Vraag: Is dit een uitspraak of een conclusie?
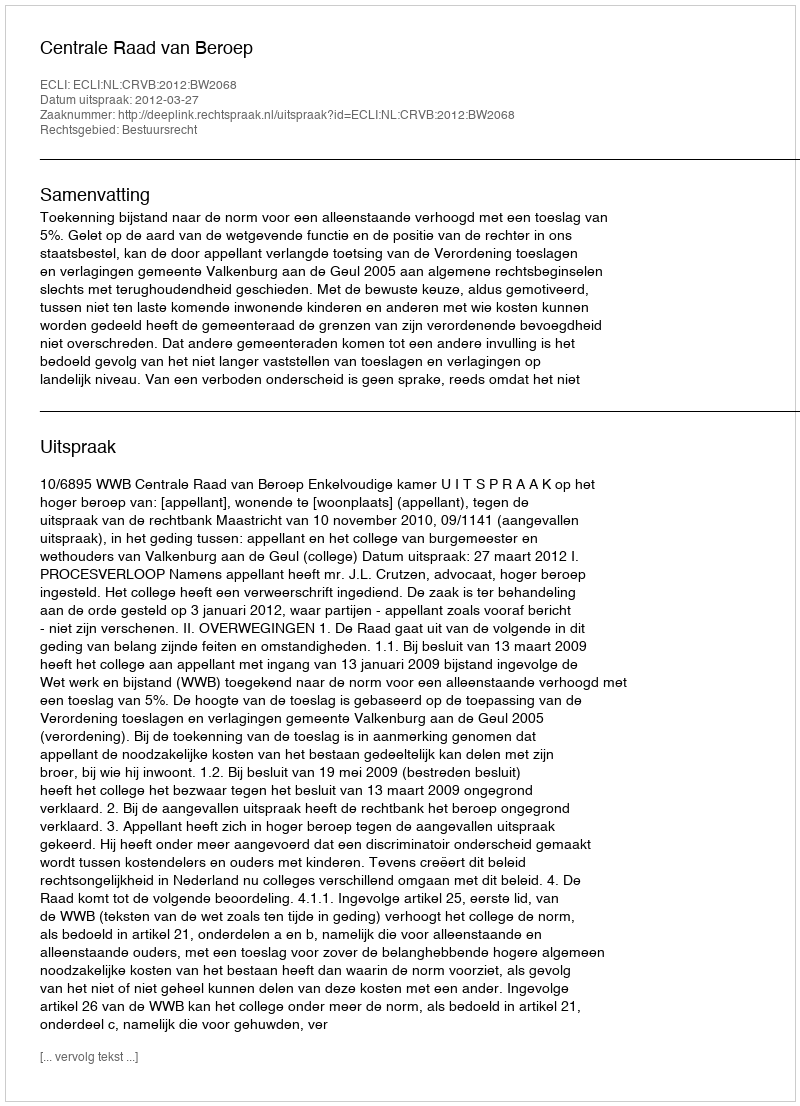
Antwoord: Uitspraak